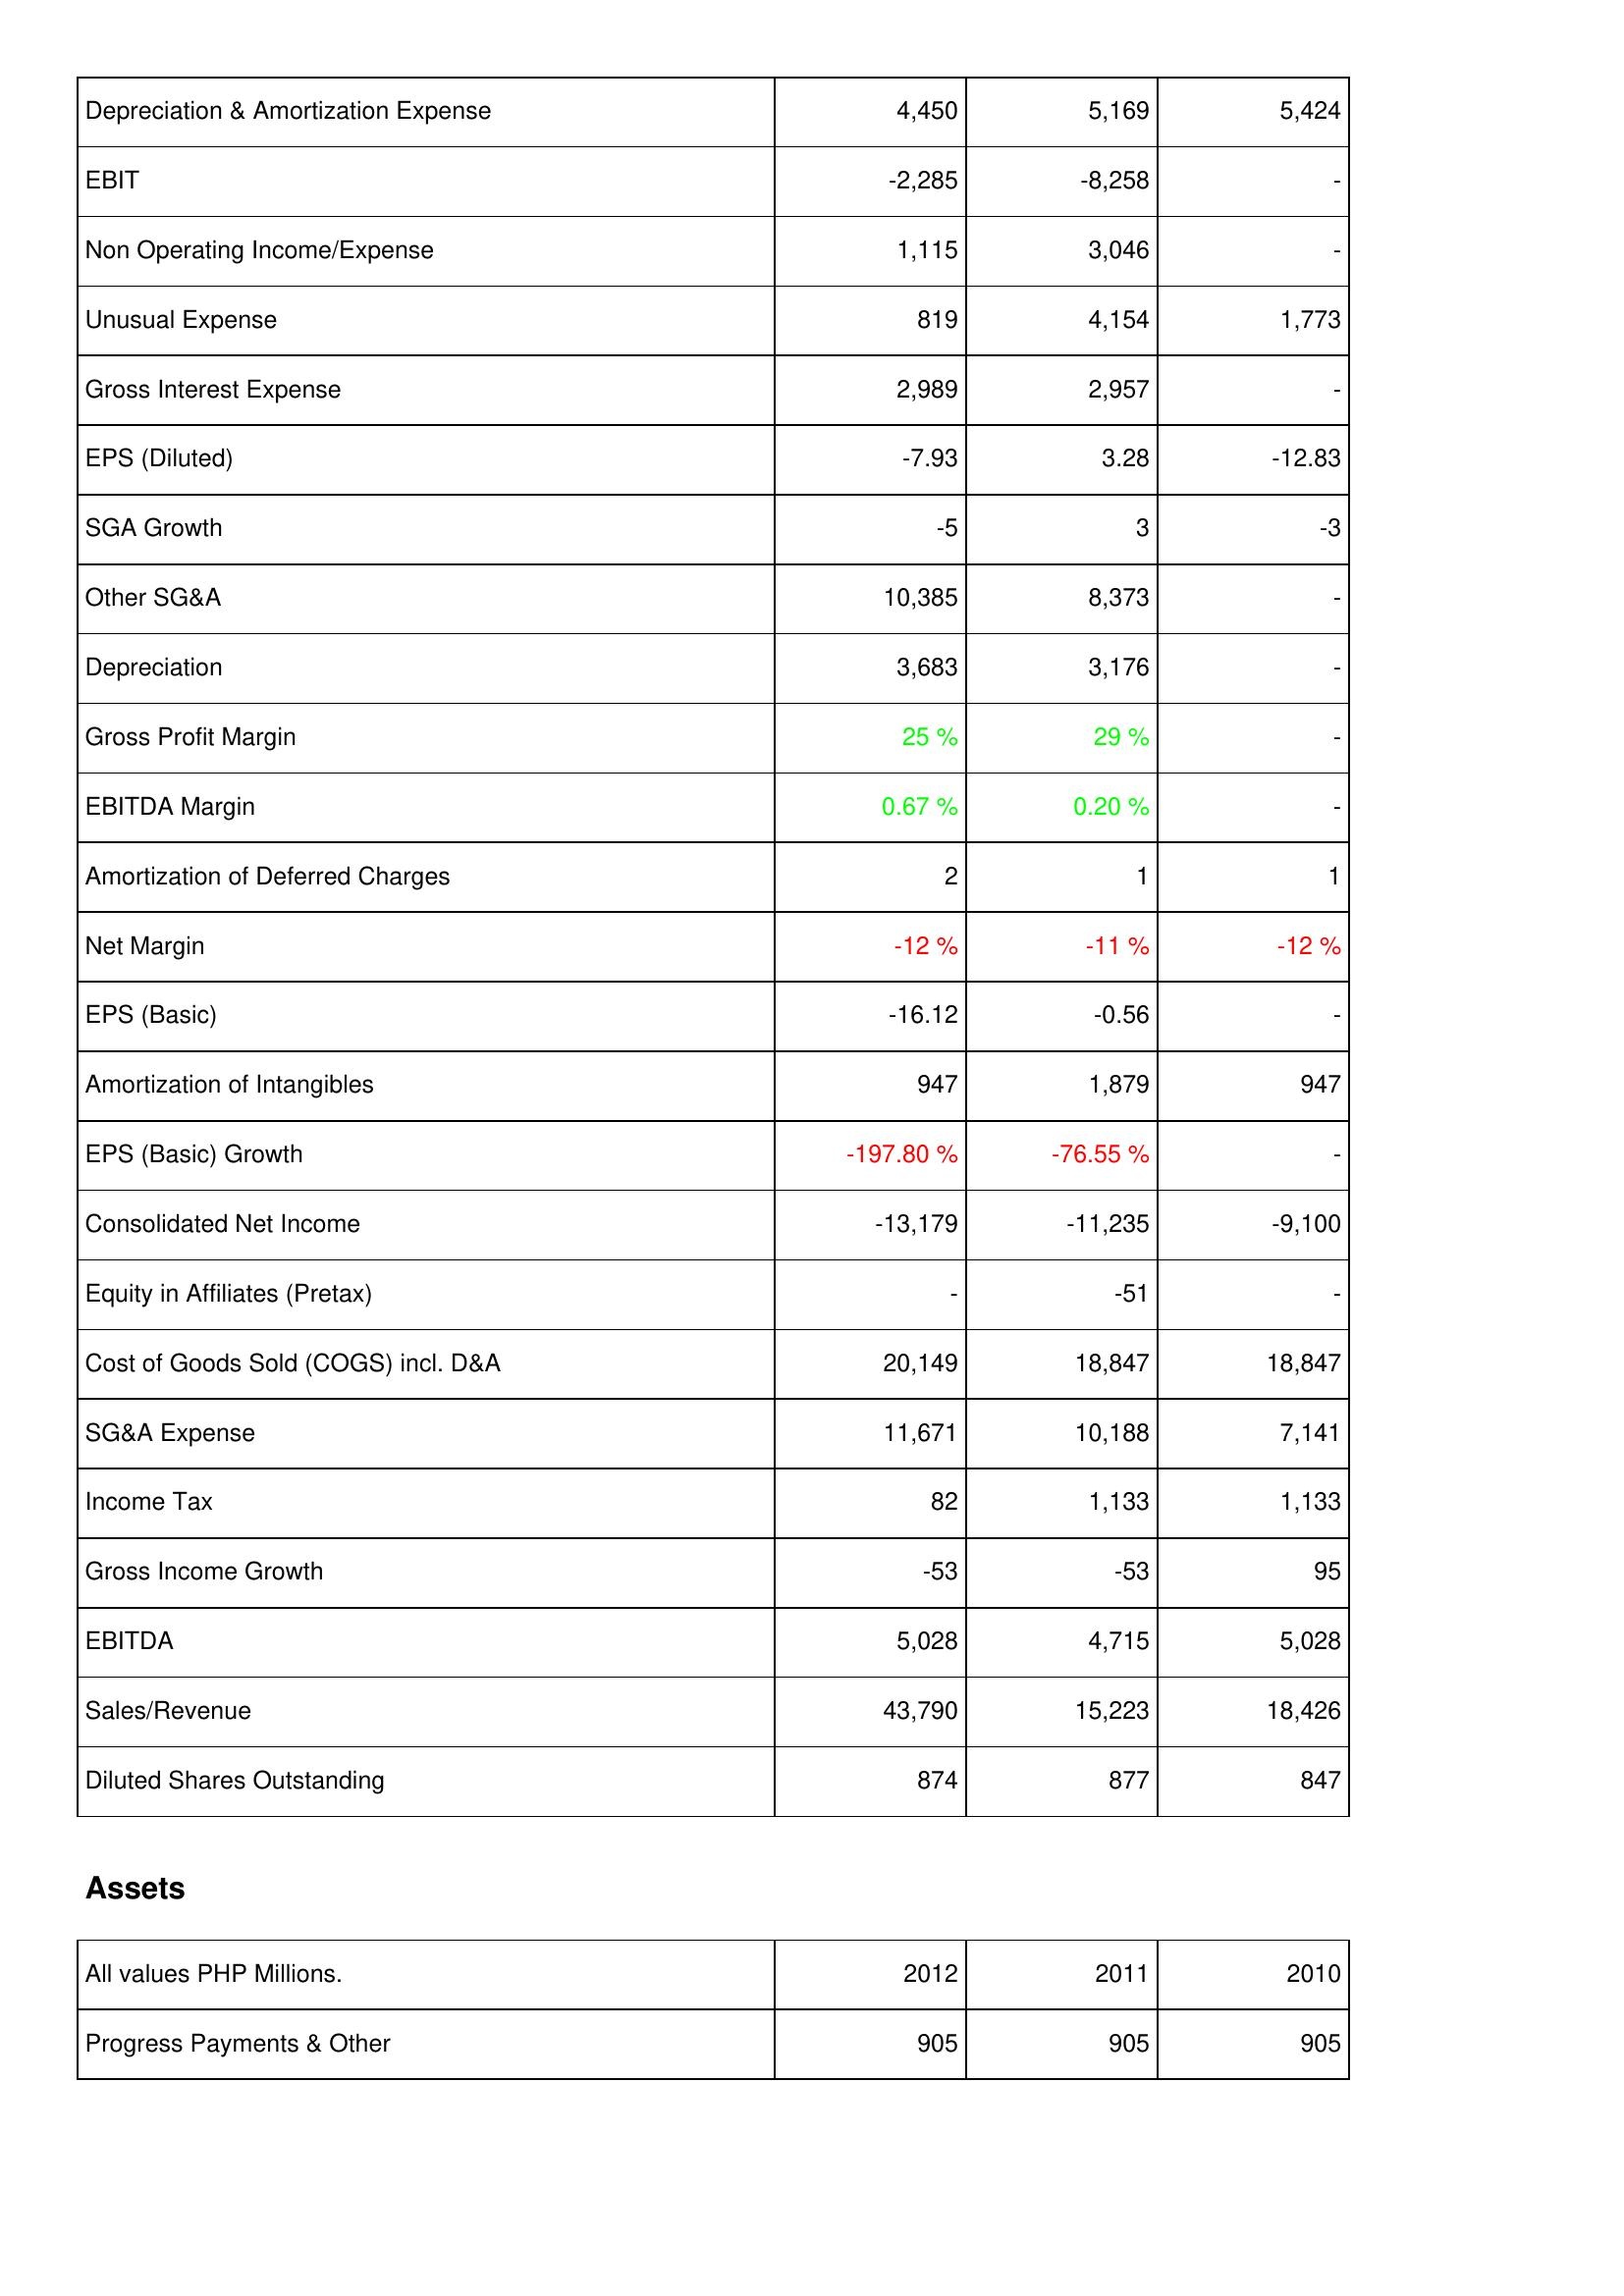
2012: Income Statement: Depreciation & Amortization Expense: 4,450
EBIT: -2,285
Non Operating Income/Expense: 1,115
Unusual Expense: 819
Gross Interest Expense: 2,989
EPS (Diluted): -7.93
SGA Growth: -5
Other SG&A: 10,385
Depreciation: 3,683
Gross Profit Margin: 25 %
EBITDA Margin: 0.67 %
Amortization of Deferred Charges: 2
Net Margin: -12 %
EPS (Basic): -16.12
Amortization of Intangibles: 947
EPS (Basic) Growth: -197.80 %
Consolidated Net Income: -13,179
Equity in Affiliates (Pretax): -
Cost of Goods Sold (COGS) incl. D&A: 20,149
SG&A Expense: 11,671
Income Tax: 82
Gross Income Growth: -53
EBITDA: 5,028
Sales/Revenue: 43,790
Diluted Shares Outstanding: 874
Assets: Progress Payments & Other: 905
2011: Income Statement: Depreciation & Amortization Expense: 5,169
EBIT: -8,258
Non Operating Income/Expense: 3,046
Unusual Expense: 4,154
Gross Interest Expense: 2,957
EPS (Diluted): 3.28
SGA Growth: 3
Other SG&A: 8,373
Depreciation: 3,176
Gross Profit Margin: 29 %
EBITDA Margin: 0.20 %
Amortization of Deferred Charges: 1
Net Margin: -11 %
EPS (Basic): -0.56
Amortization of Intangibles: 1,879
EPS (Basic) Growth: -76.55 %
Consolidated Net Income: -11,235
Equity in Affiliates (Pretax): -51
Cost of Goods Sold (COGS) incl. D&A: 18,847
SG&A Expense: 10,188
Income Tax: 1,133
Gross Income Growth: -53
EBITDA: 4,715
Sales/Revenue: 15,223
Diluted Shares Outstanding: 877
Assets: Progress Payments & Other: 905
2010: Income Statement: Depreciation & Amortization Expense: 5,424
EBIT: -
Non Operating Income/Expense: -
Unusual Expense: 1,773
Gross Interest Expense: -
EPS (Diluted): -12.83
SGA Growth: -3
Other SG&A: -
Depreciation: -
Gross Profit Margin: -
EBITDA Margin: -
Amortization of Deferred Charges: 1
Net Margin: -12 %
EPS (Basic): -
Amortization of Intangibles: 947
EPS (Basic) Growth: -
Consolidated Net Income: -9,100
Equity in Affiliates (Pretax): -
Cost of Goods Sold (COGS) incl. D&A: 18,847
SG&A Expense: 7,141
Income Tax: 1,133
Gross Income Growth: 95
EBITDA: 5,028
Sales/Revenue: 18,426
Diluted Shares Outstanding: 847
Assets: Progress Payments & Other: 905